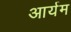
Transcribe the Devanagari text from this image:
आर्यम